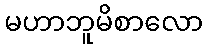
မဟာဘူမိစာလော